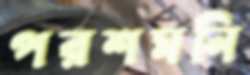
পরশমনি